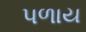
પળાય